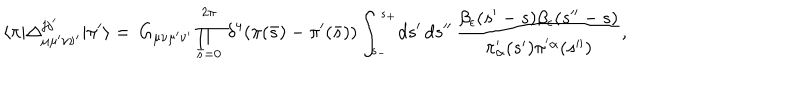
\langle \pi | \Delta _ { \mu \mu ^ { \prime } \nu \nu ^ { \prime } } ^ { j j ^ { \prime } } | \pi ^ { \prime } \rangle = \, G _ { \mu \nu \mu ^ { \prime } \nu ^ { \prime } } \prod _ { \bar { s } = 0 } ^ { 2 \pi } \, \delta ^ { 4 } ( \pi ( \bar { s } ) - \pi ^ { \prime } ( \bar { s } ) ) \int _ { s _ { - } } ^ { s _ { + } } \! d s ^ { \prime } \, d s ^ { \prime \prime } \, { \frac { \beta _ { \epsilon } ( s ^ { \prime } - s ) \beta _ { \epsilon } ( s ^ { \prime \prime } - s ) } { \pi _ { \alpha } ^ { \prime } ( s ^ { \prime } ) \pi ^ { ' \alpha } ( s ^ { \prime \prime } ) } } ,